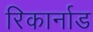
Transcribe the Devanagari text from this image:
रिकार्नाड